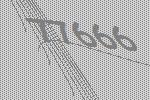
77666